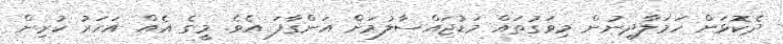
ދެކޮޅަށް ހަމަލާދިނުން މިވަގުތައް މަޑުޖައްސާލުމަށް އަންގާފަ އެވެ. މީގެ އެއް އަހަރު ކުރިން